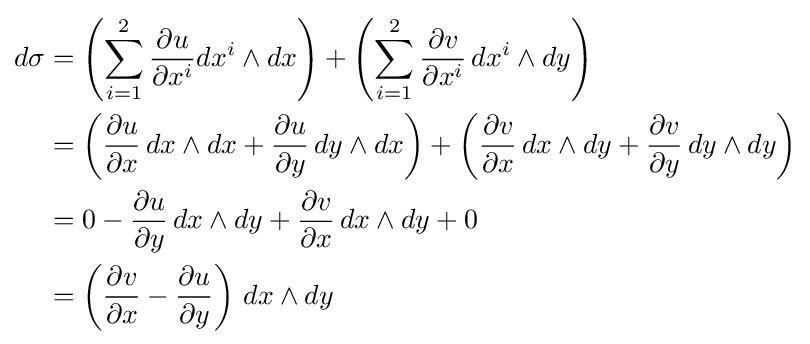
{\begin{aligned}d\sigma &=\left(\sum _{i=1}^{2}{\frac {\partial u}{\partial x^{i}}}dx^{i}\wedge dx\right)+\left(\sum _{i=1}^{2}{\frac {\partial v}{\partial x^{i}}}\,dx^{i}\wedge dy\right)\\&=\left({\frac {\partial {u}}{\partial {x}}}\,dx\wedge dx+{\frac {\partial {u}}{\partial {y}}}\,dy\wedge dx\right)+\left({\frac {\partial {v}}{\partial {x}}}\,dx\wedge dy+{\frac {\partial {v}}{\partial {y}}}\,dy\wedge dy\right)\\&=0-{\frac {\partial {u}}{\partial {y}}}\,dx\wedge dy+{\frac {\partial {v}}{\partial {x}}}\,dx\wedge dy+0\\&=\left({\frac {\partial {v}}{\partial {x}}}-{\frac {\partial {u}}{\partial {y}}}\right)\,dx\wedge dy\end{aligned}}